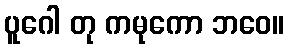
ပူဂေါ တု ကမုကော ဘဝေ။